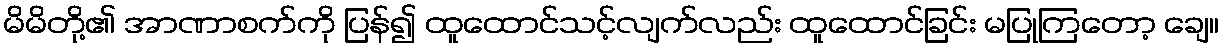
မိမိတို့၏ အာဏာစက်ကို ပြန်၍ ထူထောင်သင့်လျက်လည်း ထူထောင်ခြင်း မပြုကြတော့ ချေ။